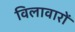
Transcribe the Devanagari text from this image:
विलावारों